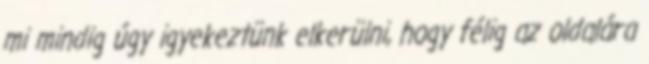
mi mindig úgy igyekeztünk elkerülni, hogy félig az oldalára